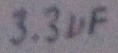
Text: 3.3µF